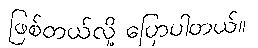
ဖြစ်တယ်လို့ ပြောပါတယ်။